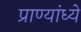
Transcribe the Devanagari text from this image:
प्राण्यांध्ये